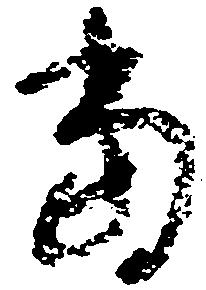
当